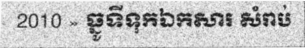
2010 » ធ្នូទីទុកឯកសារ សំរាប់